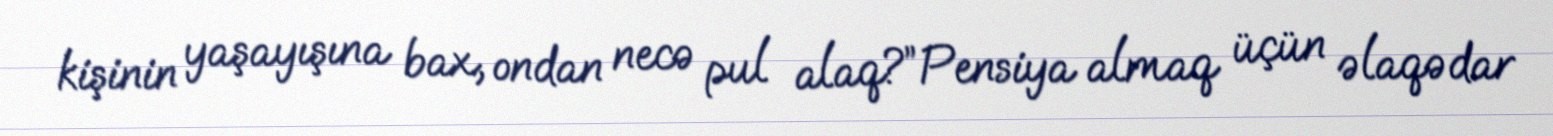
kişinin yaşayışına bax, ondan necə pul alaq?”Pensiya almaq üçün əlaqədar